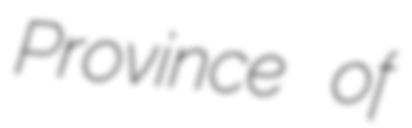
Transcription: Province of